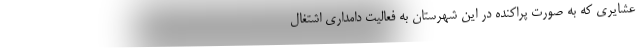
عشایری که به صورت پراکنده در این شهرستان به فعالیت دامداری اشتغال